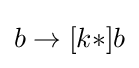
b\to [k*]b\,\!